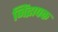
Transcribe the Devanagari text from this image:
निंद्रापक